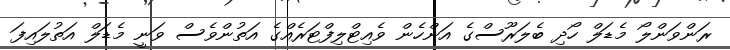
ރަންވަންލޯ މެޑަލް ހޯދި ބެލަރޫސްގެ އަންހެން ވެއިޓްލިފްޓަރެއްގެ އަތުންވެސް ވަނީ މެޑަލް އަތުލައިފަ